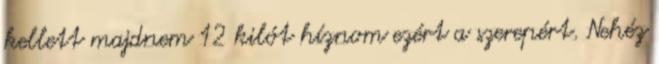
kellett majdnem 12 kilót híznom ezért a szerepért. Nehéz